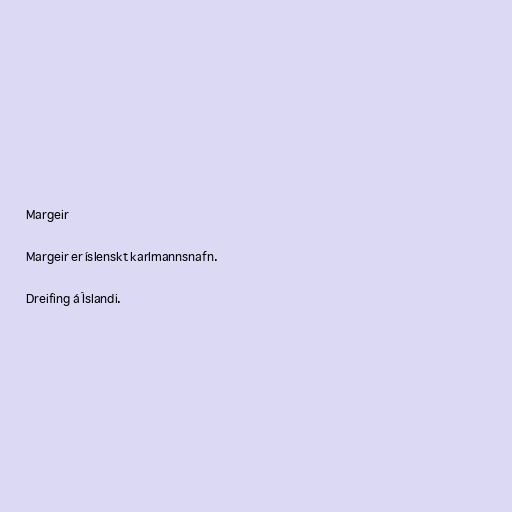
Margeir

Margeir er íslenskt karlmannsnafn.

Dreifing á Íslandi.